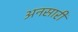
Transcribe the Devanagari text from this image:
अनसारी